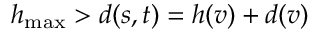
h _ { \mathrm { m a x } } > d ( s , t ) = h ( v ) + d ( v )